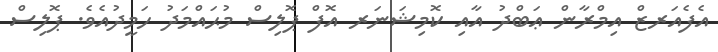
އެފެއަރޒް އިމްރާން ޢަބްދު އާއި ކޮމިޝަނަރ އޮފް ޕޮލިސް މުޙައްމަދު ހަމީދުއެވެ. ޕޮލިސް